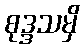
စုဒ္ဒသမှိ